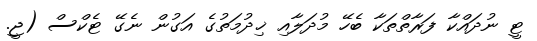
ޓީ ނުދައްކާ ފަރާތްތަކާ ބެހޭ މުދަލާއި ޚިދުމަތުގެ އަގުން ނެގޭ ޓެކްސް (ޖީ.